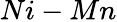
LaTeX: Ni-Mn